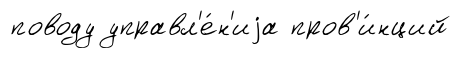
поводу управл'е́н'иjа пров'и́нций